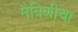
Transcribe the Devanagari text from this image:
मैत्रिणीचा